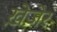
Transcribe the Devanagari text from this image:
ख़ेज़ेर